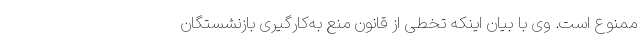
ممنوع است. وی با بیان اینکه تخطی از قانون منع به‌کارگیری بازنشستگان